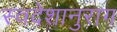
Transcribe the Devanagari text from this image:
स्वदेशानुराग